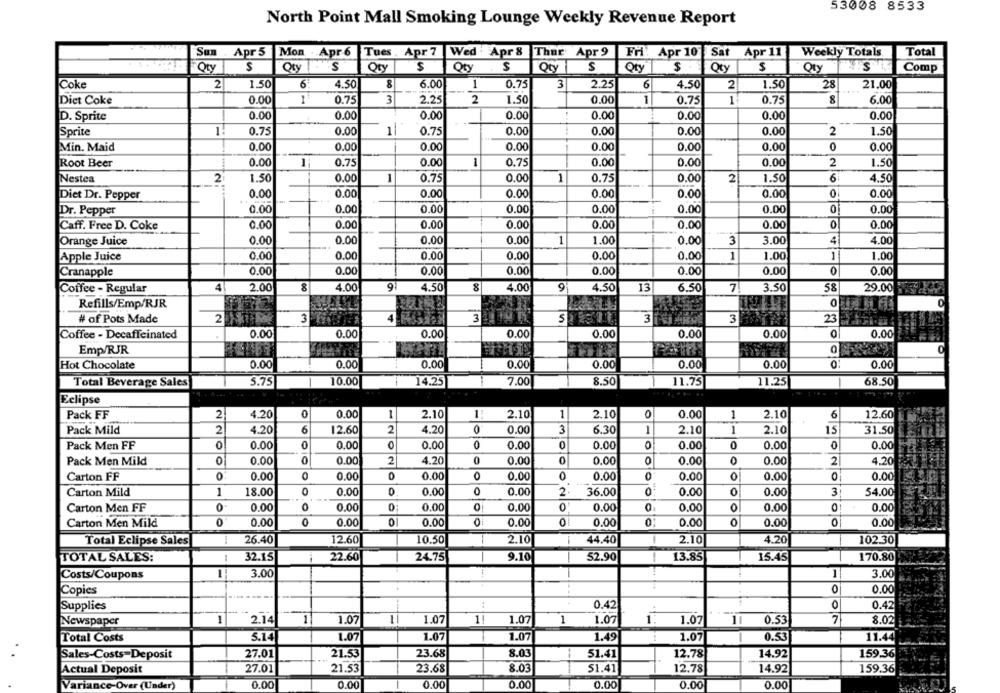
53008 8533
North Point Mall Smoking Lounge Weekly Revenue Report
Sun . Apr 5
Mon . Apr 6
Tues . Apr 7
Wed Apr 8 Thur Apr 9
Fri: Apr 10 Sat Apr 11
Weekly Totals
Total
Qty
S
Qty
Qty
Qty . $
S
Qty
Qty
$
Qty
Comp
Qty
0.75
Coke
2
1.50
4.50
8
6.00
1
3
2.25
6
4.50
2
1.50
28
21.00
Diet Coke
0.00
-
0.75
3
2.25
2
1.50
0.00
1
0.75
1
0.75
8
6.00
D. Sprite
0.00
0.00
0.00
0.00
0.00
0.00
0.00
0.00
Sprite
0.75
0.00
1
0.75
0.00
0.00
0.00
0.00
2
1.50
0.00
Min. Maid
0.00
0.00
0.00
0.00
0.00
0.00
0
0.00
Root Beer
0.00
1
0.75
0.00
0.75
0.00
0.00
0.00
2
1.50
Nestea
2
1.50
0.00
0.75
0.00
1
0.75
0.00
2
1.50
6
4.50
0.00
0.00
0.00
0.00
0.00
0.00
0.00
0
0.00
Diet Dr. Pepper
0.00
0.00
0
Dr. Pepper
0.00
0.00
0.00
0.00
0.00
0.00
Caff. Free D. Coke
0.00
0.00
0.00
0.00
0.00
0.00
0.00
0
0.00
Orange Juice
0.00
0.00
0.00
-
0.00
1
1.00
0.00
3
3.00
4
4.00
0.00
0.00
0.00
0.00
0.00
0.00
1
1.00
1
1.00
Apple Juice
Cranapple
0.00
0.00
0.00
0.00
0.00
0.00
0.00
0
0.00
Coffee - Regular
4
2.00
4.00
9
4.50
8
4.00
9
4.50
13
6.50
7
3.50
58
29.00 5
Refills/Emp/RJR
0
0
# of Pots Made
2
3
4
3
5
3
3
23
0.00
0
Coffee - Decaffeinated
0.00
0.00
0.00
0.00
0.00
0.00
0.00
Emp/RJR
0
Hot Chocolate
0.00
0.00
0.00
0.00
0.00
0.00
0.00
0.00
8.50
Total Beverage Sales
5.75
10.00
14.25
7.00
11.75
11.25
68.50
Eclipse
Pack FF
2
4.20
0
0.00
1
2.10
1
2.10
1
2.10
0
0.00
1
2.10
6
12.60
Pack Mild
2
4.20
6
12.60
2
4.20
0.00
3
6.30
1
2.10
1
2.10
15
31.50
0
0
Pack Men FF
0
0.00
0.00
0.00
0.00
0.00
0.00
0.00
0
0.00
Pack Men Mild
0
0.00
0
0.00
2
4.20
0
0.00
0.00
0
0.00
0.00
2
4.20
Carton FF
0.00
0.00
0
0.00
0
0.00
0
0.00
0
0.00
0.00
0
0.00
Carton Mild
1
18.00
0
0.00
0
0.00
0
0.00
2
36.00
0
0.00
0
0.00
3
54.00
Carton Men FF
0
0.00
0
0.00
0.00
0.00
0
0.00
0.00
0.00
0.00
Carton Men Mild
0
0.00
0
0.00
0.00
0.00
0.00
0.00
0
0.00
0.00
Total Eclipse Sales
26.40
12.60
10.50
2.10
-
44.40
2.10
4.20
102.30
TOTAL SALES:
1
32.15
22.60
24.75
9.10
-
52.90
13.85
15.45
170.80
Costs/Coupons
-
3.00
1
3.00
..
0.00
Copies
Supplies
:
0.42
0.42
Newspaper
1
2.14
1
1.07
1
1.07
1!
1.07
1
1.07
1.
1.07
11
0.53
7
8.02
Total Costs
5.14
1.07
1.07
1.07
1.49
1.07
0.53
11.44
Sales-Costs=Deposit
27.01
21.53
23.68
8.03
51.41
12.78
14.92
159.36
Actual Deposit
27.01
21.53
23.68
8.03
51.41
12.78
14.92
159.36
Variance-Over (Under)
0.00
0.00
0.00
0.00
0.00
0.00
0.00